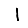
Digit: 1